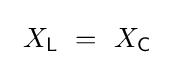
~X_{\mathsf {L}}~=~X_{\mathsf {C}}~